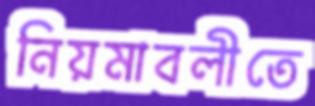
নিয়মাবলীতে